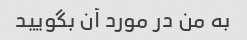
به من در مورد آن بگویید